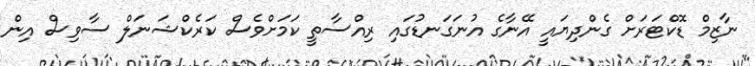
ނާޒިމް ޑޮކްޓަރަށް ގެންދިޔައީ އޭނާގެ އުނަގަނޑުގައި ރިއްސާތީ ކަމަށްވެސް ކަރެކްޝަނަލް ސާވިސް އިން